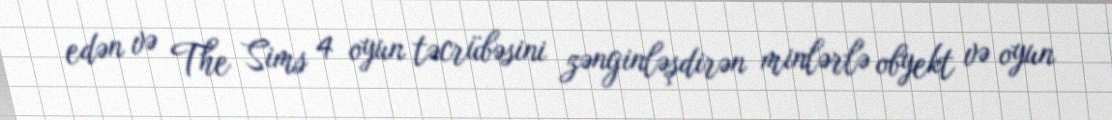
edən və The Sims 4 oyun təcrübəsini zənginləşdirən minlərlə obyekt və oyun